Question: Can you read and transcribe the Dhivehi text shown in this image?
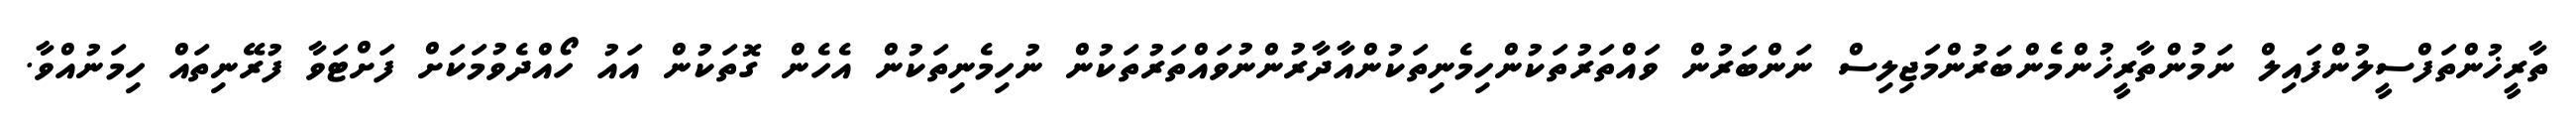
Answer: ތާރީޚުންތަފްސީލުންފައިލް ނަމުންތާރީޚުންމެންބަރުންމަޖިލިސް ނަންބަރުން ވައްތަރުތަކުންހިމެނިތަކުންއާދާރުންނުވައްތަރުތަކުން ނުހިމެނިތަކުން އެހެން ގޮތަކުން އައު ހޯއްދެވުމަކަށް ފަށްޓަވާ ފުރޭނިތައް ހިމަނުއްވާ.